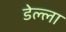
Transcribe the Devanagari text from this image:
डेल्ला